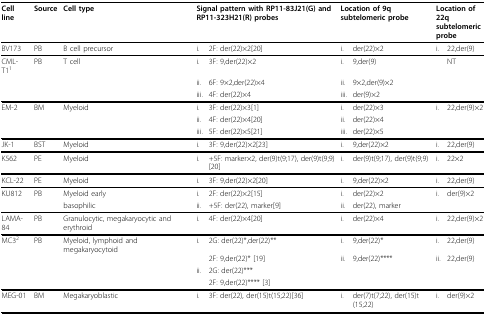
<table><thead><tr><td><b>Cell line</b></td><td><b>Source</b></td><td><b>Cell type</b></td><td colspan="2"><b>Signal pattern with RP11-83J21(G) and RP11-323H21(R) probes</b></td><td colspan="2"><b>Location of 9q subtelomeric probe</b></td><td colspan="2"><b>Location of 22q subtelomeric probe</b></td></tr></thead><tbody><tr><td>BV173</td><td>PB</td><td>B cell precursor</td><td>i.</td><td>2F: der(22)×2[20]</td><td>i.</td><td>der(22)×2</td><td>i.</td><td>22,der(9)</td></tr><tr><td>CML-T1<sup>1</sup></td><td>PB</td><td>T cell</td><td>i.</td><td>3F: 9,der(22)×2</td><td>i.</td><td>9,der(9)</td><td></td><td>NT</td></tr><tr><td></td><td></td><td></td><td>ii.</td><td>6F: 9×2,der(22)×4</td><td>ii.</td><td>9×2,der(9)×2</td><td></td><td></td></tr><tr><td></td><td></td><td></td><td>iii.</td><td>4F: der(22)×4</td><td>iii.</td><td>der(9)×2</td><td></td><td></td></tr><tr><td>EM-2</td><td>BM</td><td>Myeloid</td><td>i.</td><td>3F: der(22)×3[1]</td><td>i.</td><td>der(22)×3</td><td>i.</td><td>22,der(9)×2</td></tr><tr><td></td><td></td><td></td><td>ii.</td><td>4F: der(22)×4[20]</td><td>ii.</td><td>der(22)×4</td><td></td><td></td></tr><tr><td></td><td></td><td></td><td>iii.</td><td>5F: der(22)×5[21]</td><td>iii.</td><td>der(22)×5</td><td></td><td></td></tr><tr><td>JK-1</td><td>BST</td><td>Myeloid</td><td>i.</td><td>3F: 9,der(22)×2[23]</td><td>i.</td><td>9,der(22)×2</td><td>i.</td><td>22,der(9)</td></tr><tr><td>K562</td><td>PE</td><td>Myeloid</td><td>i.</td><td>+5F: marker×2, der(9)t(9;17), der(9)t(9;9)[20]</td><td>i.</td><td>der(9)t(9;17), der(9)t(9;9)</td><td>i.</td><td>22×2</td></tr><tr><td>KCL-22</td><td>PE</td><td>Myeloid</td><td>i.</td><td>3F: 9,der(22)×2[20]</td><td>i.</td><td>9,der(22)×2</td><td>i.</td><td>22,der(9)</td></tr><tr><td>KU812</td><td>PB</td><td>Myeloid early</td><td>i.</td><td>2F: der(22)×2[15]</td><td>i.</td><td>der(22)×2</td><td>i.</td><td>der(9)×2</td></tr><tr><td></td><td></td><td>basophilic</td><td>ii.</td><td>+5F: der(22), marker[9]</td><td>ii.</td><td>der(22), marker</td><td></td><td></td></tr><tr><td>LAMA-84</td><td>PB</td><td>Granulocytic, megakaryocytic and erythroid</td><td>i.</td><td>4F: der(22)×4[20]</td><td>i.</td><td>der(22)×4</td><td>i.</td><td>22,der(9)×2</td></tr><tr><td>MC3<sup>2</sup></td><td>PB</td><td>Myeloid, lymphoid andmegakaryocytoid</td><td>i.</td><td>2G: der(22)*,der(22)**2F: 9,der(22)* [19]</td><td>i.ii.</td><td>9,der(22)*9,der(22)****</td><td>i.ii.</td><td>22,der(9)22,der(9)</td></tr><tr><td></td><td></td><td></td><td>ii.</td><td>2G: der(22)***</td><td></td><td></td><td></td><td></td></tr><tr><td></td><td></td><td></td><td></td><td>2F: 9,der(22)**** [3]</td><td></td><td></td><td></td><td></td></tr><tr><td>MEG-01</td><td>BM</td><td>Megakaryoblastic</td><td>i.</td><td>3F: der(22), der(15)t(15;22)[36]</td><td>i.</td><td>der(7)t(7;22), der(15)t(15;22)</td><td>i.</td><td>der(9)×2</td></tr></tbody></table>